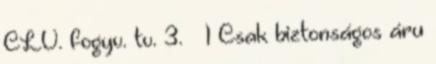
CLV. fogyv. tv. 3. § 1 Csak biztonságos áru